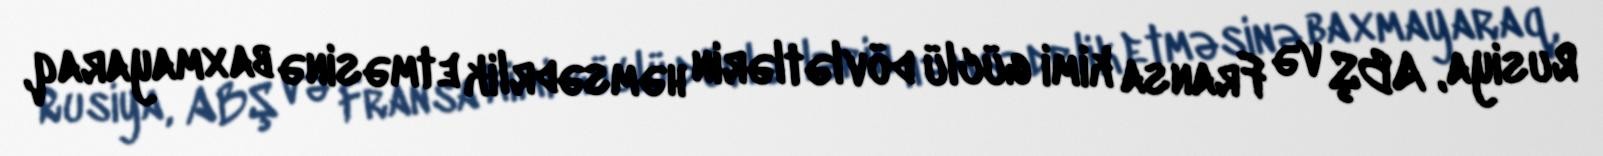
Rusiya, ABŞ və Fransa kimi güclü dövlətlərin həmsədrlik etməsinə baxmayaraq,